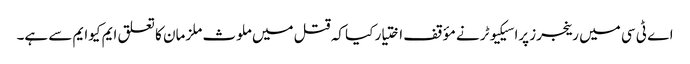
اے ٹی سی میں رینجرز پراسیکیوٹر نے مؤقف اختیار کیا کہ قتل میں ملوث ملزمان کا تعلق ایم کیوایم سے ہے۔